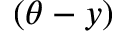
( \theta - y )